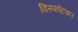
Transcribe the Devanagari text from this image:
विस्फोटक।